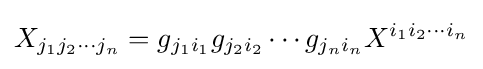
X_{j_{1}j_{2}\cdots j_{n}}=g_{j_{1}i_{1}}g_{j_{2}i_{2}}\cdots g_{j_{n}i_{n}}X^{i_{1}i_{2}\cdots i_{n}}